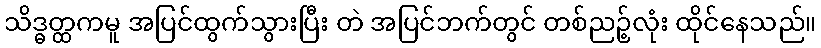
သိဒ္ဓတ္ထကမူ အပြင်ထွက်သွားပြီး တဲ အပြင်ဘက်တွင် တစ်ညဉ့်လုံး ထိုင်နေသည်။